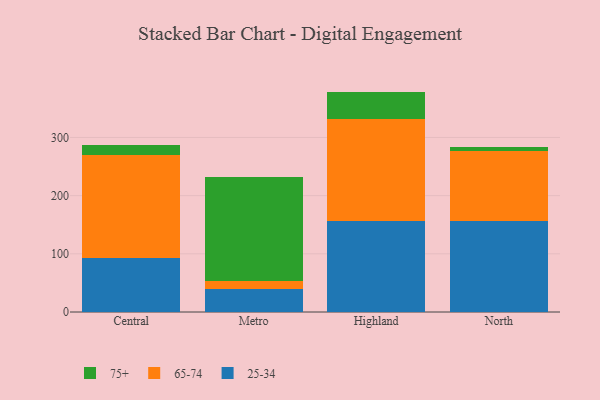
{"axis": {"x": "Region", "y": "Humidity (%)"}, "legend": ["25-34", "65-74", "75+"], "data": [{"x": "Central", "y": 93.3, "type": "25-34"}, {"x": "Central", "y": 176.3, "type": "65-74"}, {"x": "Central", "y": 17.1, "type": "75+"}, {"x": "Metro", "y": 39.2, "type": "25-34"}, {"x": "Metro", "y": 14.5, "type": "65-74"}, {"x": "Metro", "y": 177.9, "type": "75+"}, {"x": "Highland", "y": 155.7, "type": "25-34"}, {"x": "Highland", "y": 175.7, "type": "65-74"}, {"x": "Highland", "y": 47.4, "type": "75+"}, {"x": "North", "y": 157.1, "type": "25-34"}, {"x": "North", "y": 119.7, "type": "65-74"}, {"x": "North", "y": 6.2, "type": "75+"}]}